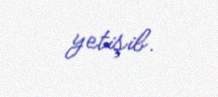
yetişib.